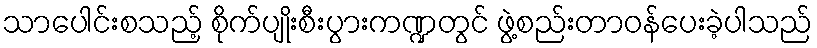
သာပေါင်းစသည့် စိုက်ပျိုးစီးပွားကဏ္ဍတွင် ဖွဲ့စည်းတာဝန်ပေးခဲ့ပါသည်